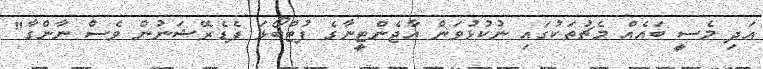
އަދި މެސީ ބައެއް މެޗުތަކުގައި ނުކުޅުވަން އާޖެންޓީނާގެ ފުޓްބޯޅަ ފެޑެރޭޝަނުން ވެސް ނާންގާ"